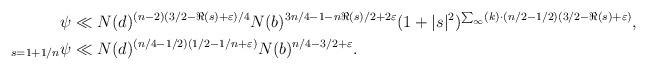
LaTeX: \begin{align*} \psi & \ll N(d)^{(n-2)(3/2-\Re(s)+\varepsilon)/4}N(b)^{3n/4-1-n \Re(s)/2+2\varepsilon}(1+|s|^2)^{\sum_{\infty}(k) \cdot (n/2-1/2)(3/2-\Re(s)+\varepsilon)}, \\ _{s=1+1/n}\psi & \ll N(d)^{ (n/4-1/2)(1/2-1/n+\varepsilon)}N(b)^{n/4-3/2+\varepsilon}.\end{align*}